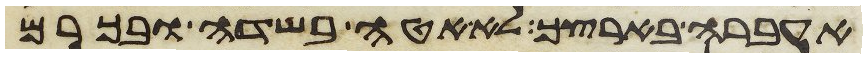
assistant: אעברה בארצך לא אטה בשדה ובכרם